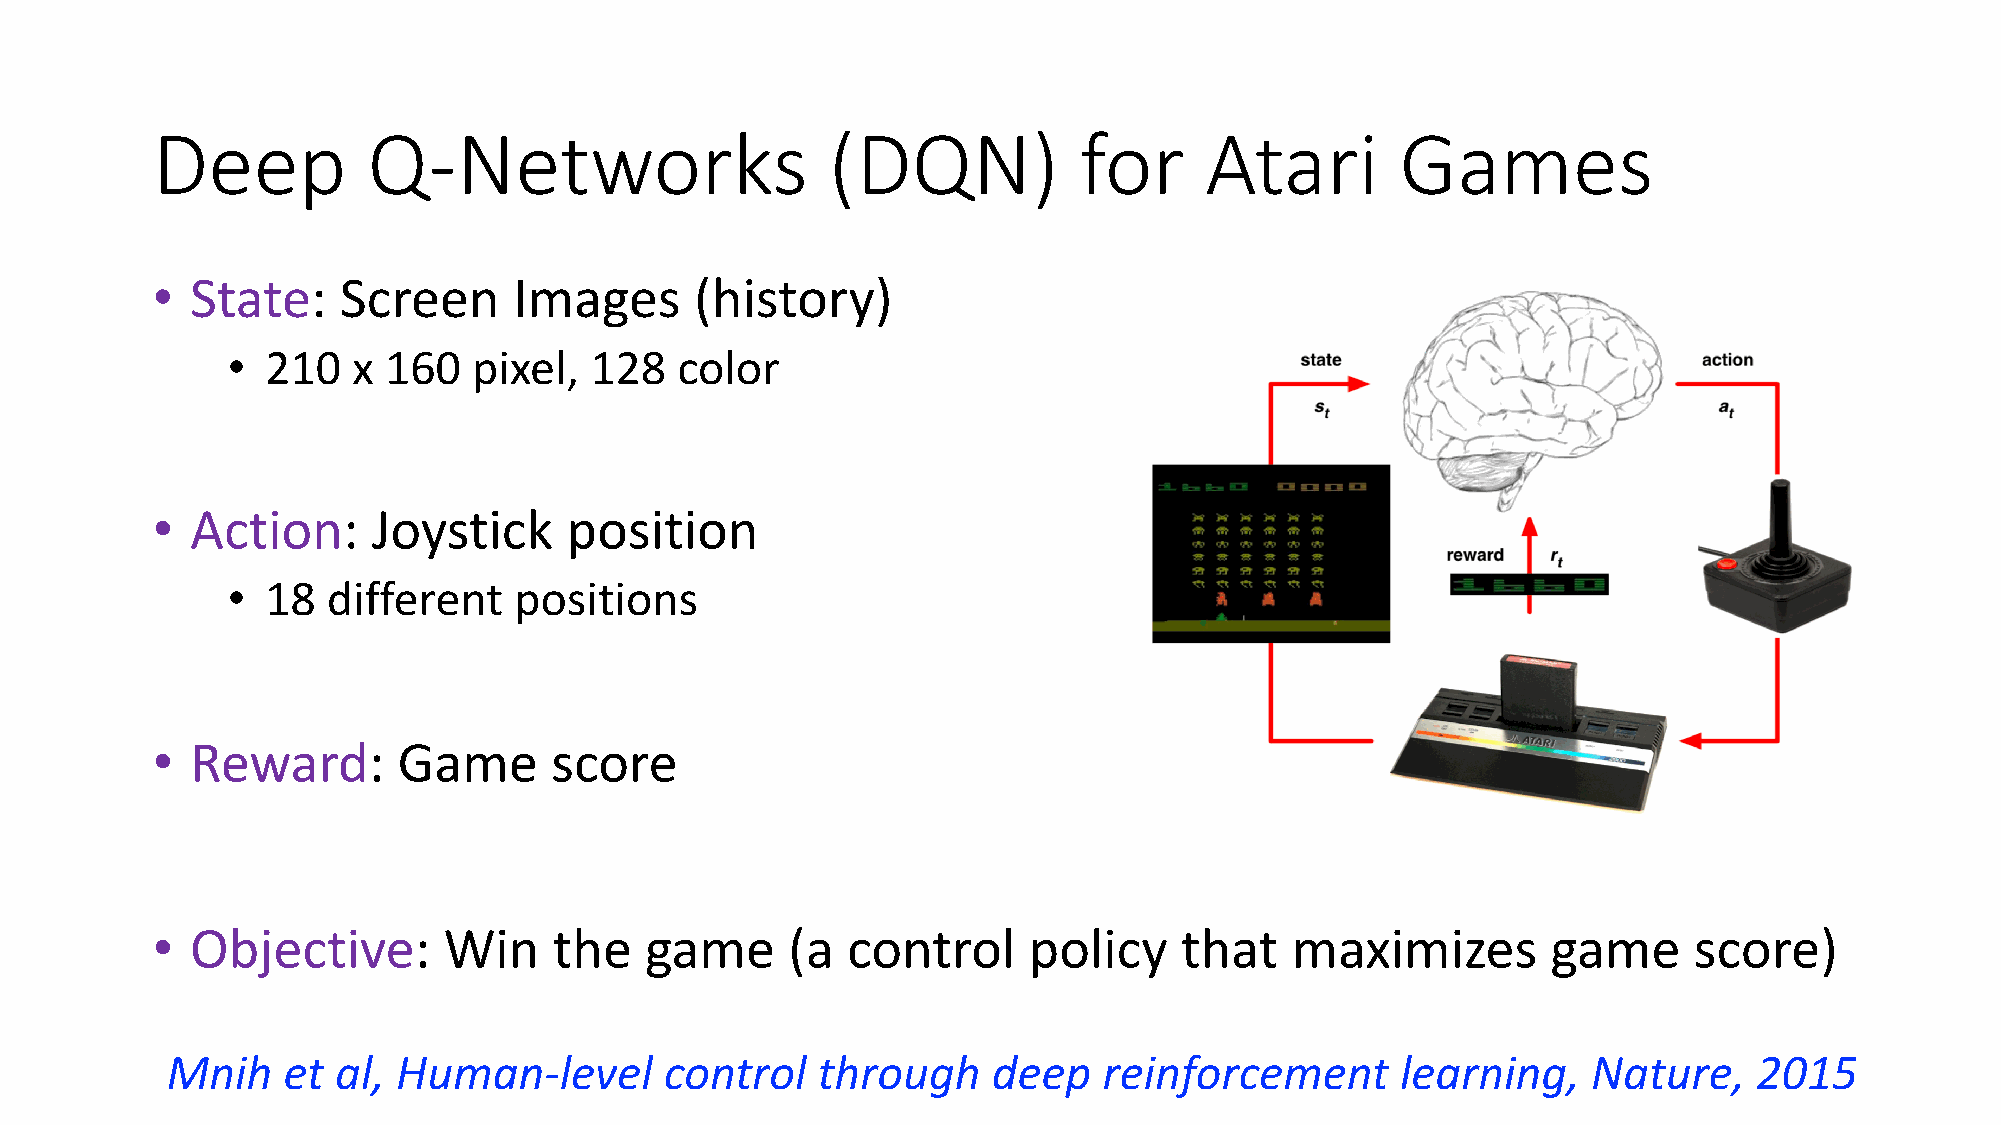
Deep          Q-Networks                     (DQN)           for      Atari        Games
 •  State:   Screen      Images      (history)
 •  210  x 160   pixel,  128   color
 •  Action:     Joystick    position
 •  18  different   positions
 •  Reward:      Game      score
 •  Objective:      Win     the   game     (a  control     policy    that   maximizes         game     score)
 Mnih    et al, Human-level       control   through     deep   reinforcement       learning,   Nature,    2015